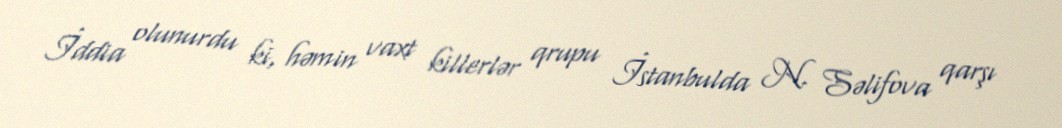
İddia olunurdu ki, həmin vaxt killerlər qrupu İstanbulda N. Səlifova qarşı